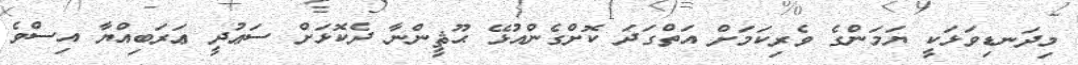
މިދަނޑިވަޅަކީ ޔަމަންގެ ވެރިކަމަށް އަތްގަދަ ކޮށްގެންއުޅޭ ޙޫޘީންނާ ދެކޮޅަށް ސަޢުދީ ޢަރަބިއްޔާ އިސްވެ